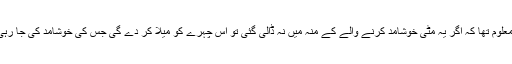
انہیں معلوم تھا کہ اگر یہ مٹی خوشامد کرنے والے کے منہ میں نہ ڈالی گئی تو اُس چہرے کو میلا کر دے گی جس کی خوشامد کی جا رہی ہے!